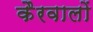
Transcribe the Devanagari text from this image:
कैरवालों